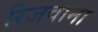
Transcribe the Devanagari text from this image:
रिजवाना